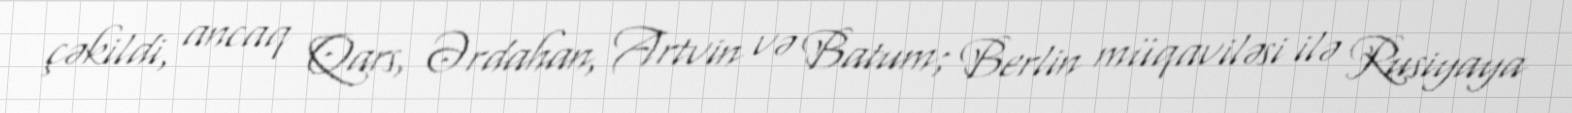
çəkildi, ancaq Qars, Ərdahan, Artvin və Batum; Berlin müqaviləsi ilə Rusiyaya